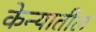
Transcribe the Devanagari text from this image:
केन्यातील